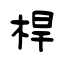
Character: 桿